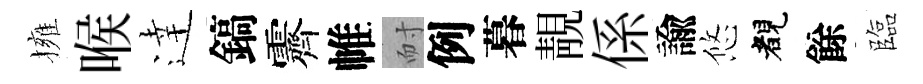
擁喉逹鎬霽帷耐例暮靚係諭悠睹餘臨